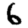
Digit: 6